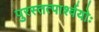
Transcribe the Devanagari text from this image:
पुरस्तत्पार्श्वयोः